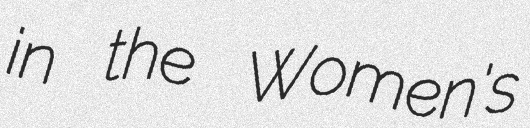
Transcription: in the Women's